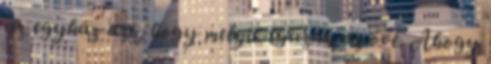
az egyház azt, hogy melyik igazán az övé. Ahogy